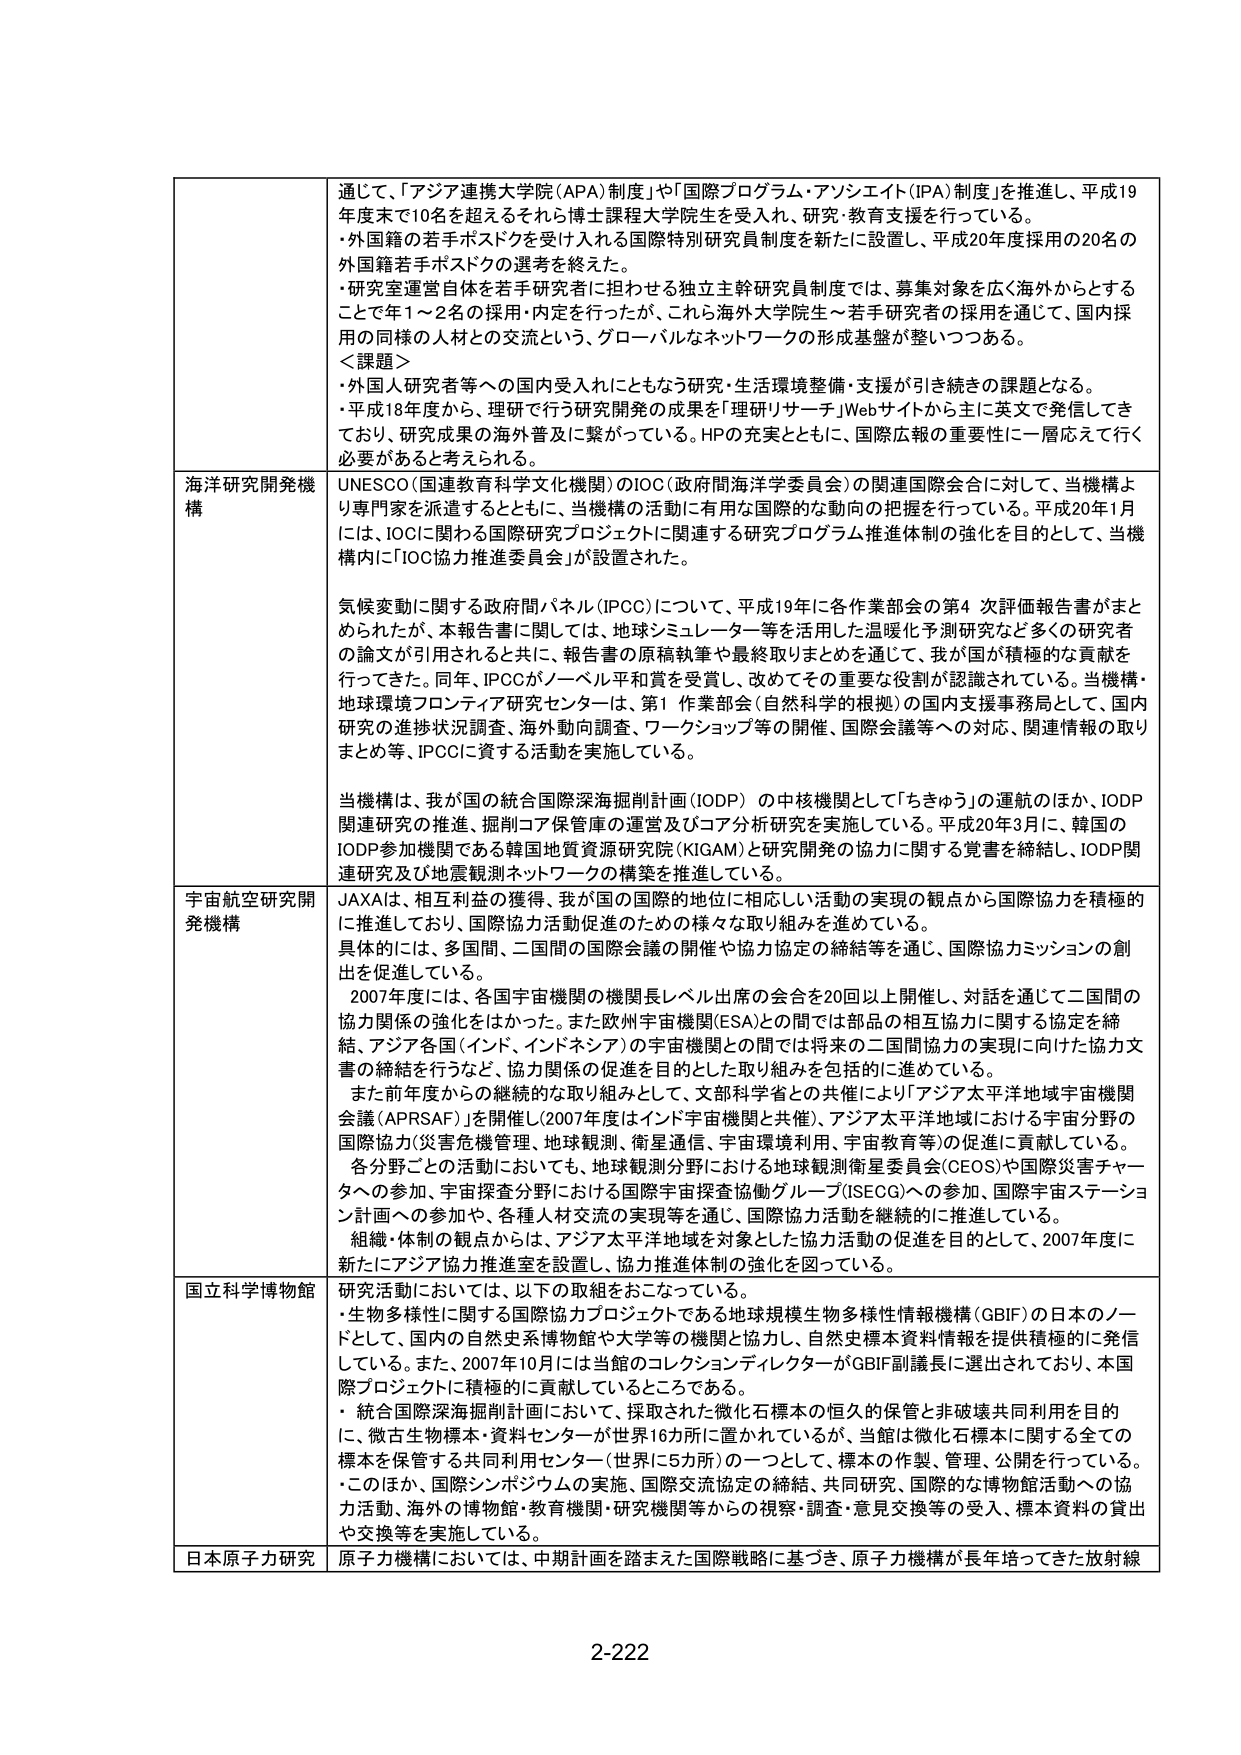
通じて、「アジア連携大学院（APA）制度」や「国際プログラム・アンソエイト（IPA）制度」を推進し、平成19年度末で10名を超えるそれら博士課程大学院生を受入れ、研究・教育支援を行っている。
・外国籍の若手ポスドクを受け入れる国際特別研究員制度を新たに設置し、平成20年度採用の20名の外国籍若手ポスドクの選考を終えた。
・研究室運営自体を若手研究者に担わせる独立主幹研究員制度では、募集対象を広く海外からとするこてで年1～2名の採用・内定を行ったが、これら海外大学院生～若手研究者の採用を通じて、国内採用の同様の人材との交流という、グローバルなネットワークの形成基盤が整いつつある。
＜課題＞
・外国人研究者等への国内受入れにともなう研究・生活環境整備・支援が引き続きの課題となる。
・平成18年度から、理研で行う研究開発の成果を「理研リサーチ」Webサイトから主に英文で発信してきており、研究成果の海外普及に繋がっている。HPの充実とともに、国際広報の重要性に一層応えて行く必要があると考えられる。

海洋研究開発機構
UNESCO（国連教育科学文化機関）のIOC（政府間海洋学委員会）の関連国際会合に対して、当機構より専門家を派遣するとともに、当機構の活動に有用な国際的な動向の把握を行っている。平成20年1月には、IOCに派遣する国際研究プロジェクトに関連する研究プログラム推進体制の強化を目的として、当機構内に「IOC協力推進委員会」が設置された。

気候変動に関する政府間パネル（IPCC）について、平成19年に各作業部会の第4次評価報告書がまとめられたが、本報告書に関しては、地球シミュレーター等を活用した温暖化予測研究など多くの研究者の論文が引用されるとともに、報告書の原稿執筆や最終取りまとめを通じて、我が国が積極的な貢献を行ってきた。同年、IPCCがノーベル平和賞を受賞し、改めてその重要な役割が認識されている。当機構・地球環境フロンティア研究センターは、第1作業部会（自然科学の根拠）の国内支援事務局として、国内研究の進捗状況調査、海外動向調査、ワークショップ等の開催、国際会議等への対応、関連情報の取りまとめ等、IPCCに資する活動を実施している。

当機構は、我が国の統合国際深海掘削計画（IODP）の中核機関として「ちきゅう」の運航のほか、IODP関連研究の推進、掘削コア保管庫の運営及びコア分析研究を実施している。平成20年3月に、韓国のIODP参加機関である韓国地質資源研究院（KIGAM）と研究開発の協力に関する覚書を締結し、IODP関連研究及び地震観測ネットワークの構築を推進している。

宇宙航空研究開発機構
JAXAは、相互利益の獲得、我が国の国際的地位に相応しい活動の実現の観点から国際協力を積極的に推進しており、国際協力活動促進のための様々な取り組みを進めている。
具体的には、多国間、二国間の国際会議の開催や協力協定の締結等を通じ、国際協力ミッションの創出を促進している。
2007年度には、各国宇宙機関の機関長レベル出席の会合を20回以上開催し、対話を通じて二国間の協力関係の強化をはかった。また欧州宇宙機関（ESA）との間では部品の相互協力に関する協定を締結、アジア各国（インド、インドネシア）の宇宙機関との間では将来の二国間協力の実現に向けた協力文書の締結を行うなど、協力関係の促進を目的とした取り組みを包括的に進めている。
また前年度からの継続的な取り組みとして、文部科学省との共催により「アジア太平洋地域宇宙機関会議（APRSAF）」を開催し（2007年度はインド宇宙機関と共催）、アジア太平洋地域における宇宙分野の国際協力（災害危機管理、地球観測、衛星通信、宇宙環境利用、宇宙教育等）の促進に貢献している。
各分野ごとの活動においても、地球観測分野における地球観測衛星委員会（CEOS）や国際災害チャーターへの参加、宇宙探査分野における国際宇宙探査協働グループ（ISECG）への参加、国際宇宙ステーション計画への参加や、各種人材交流の実現等を通じ、国際協力活動を継続的に推進している。
組織・体制の観点からは、アジア太平洋地域を対象とした協力活動の促進を目的として、2007年度に新たにアジア協力推進室を設置し、協力推進体制の強化を図っている。

国立科学博物館
研究活動においては、以下の取組をおこなっている。
・生物多様性に関する国際協力プロジェクトである地球規模生物多様性情報機構（GBIF）の日本のノードとして、国内の自然史系博物館や大学等の機関と協力し、自然史標本資料情報の提供積極的発信している。また、2007年10月には当館のコレクションディレクターがGBIF副議長に選出されており、本国際プロジェクトに積極的に貢献しているところである。
・統合国際深海掘削計画において、採取された微化石標本の恒久的保管と非破壊共同利用を目的に、微古生物標本・資料センター（世界に5カ所）の一つとして、標本の作製、管理、公開を行っている。
・このほか、国際シンポジウムの実施、国際交流協定の締結、共同研究、国際的な博物館活動への協力活動、海外の博物館・教育機関・研究機関等からの視察・調査・意見交換等の受入、標本資料の貸出や交換等を実施している。

日本原子力研究
原子力機構においては、中期計画を踏まえた国際戦略に基づき、原子力機構が長年培ってきた放射線

2-222